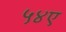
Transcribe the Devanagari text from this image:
५४ए